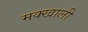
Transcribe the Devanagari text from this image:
मक्खाली